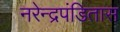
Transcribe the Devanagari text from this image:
नरेन्द्रपंडितास